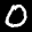
Label: 0